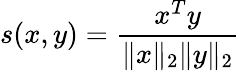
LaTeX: s(x,y)=\frac{x^{T}y}{\Vert x\Vert_{2}\Vert y\Vert_{2}}